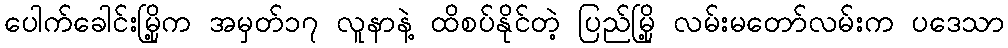
ပေါက်ခေါင်းမြို့က အမှတ်၁၇ လူနာနဲ့ ထိစပ်နိုင်တဲ့ ပြည်မြို့ လမ်းမတော်လမ်းက ပဒေသာ